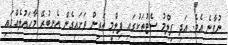
ނުވާނެ އެވެ. އަދި ފިލްމު ސެޓުތަކުގައި ފިލްމީ ތަރިން ވަށައިގެން އެނބުރޭ މާހައުލެއްގައި